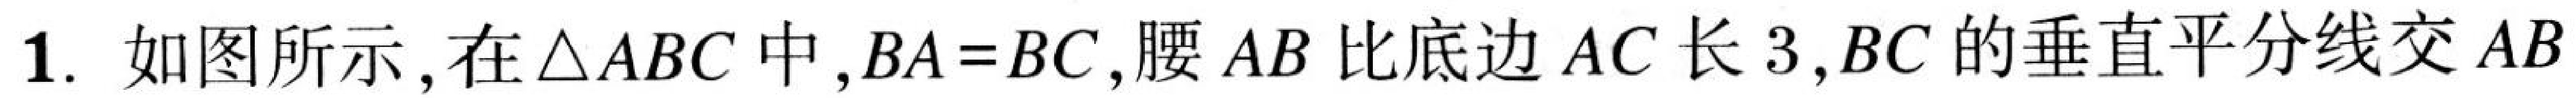
1. 如图所示，在\(\triangle ABC\)中，\(BA = BC\)，腰\(AB\)比底边\(AC\)长\(3\)，\(BC\)的垂直平分线交\(AB\)